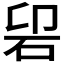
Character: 𱳲